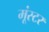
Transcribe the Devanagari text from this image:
मूंस्टर